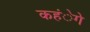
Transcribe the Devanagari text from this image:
कहंेगे